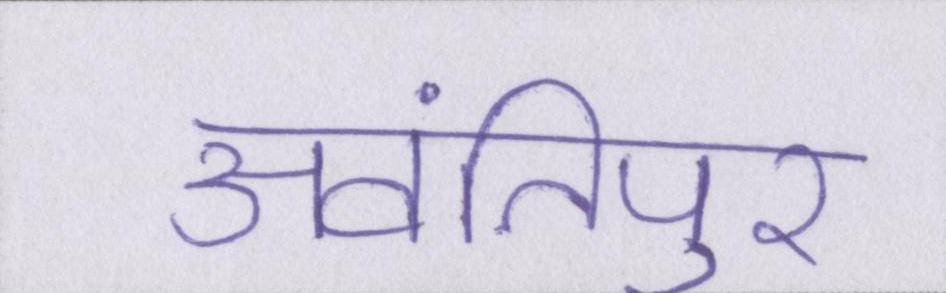
अवंतिपुर